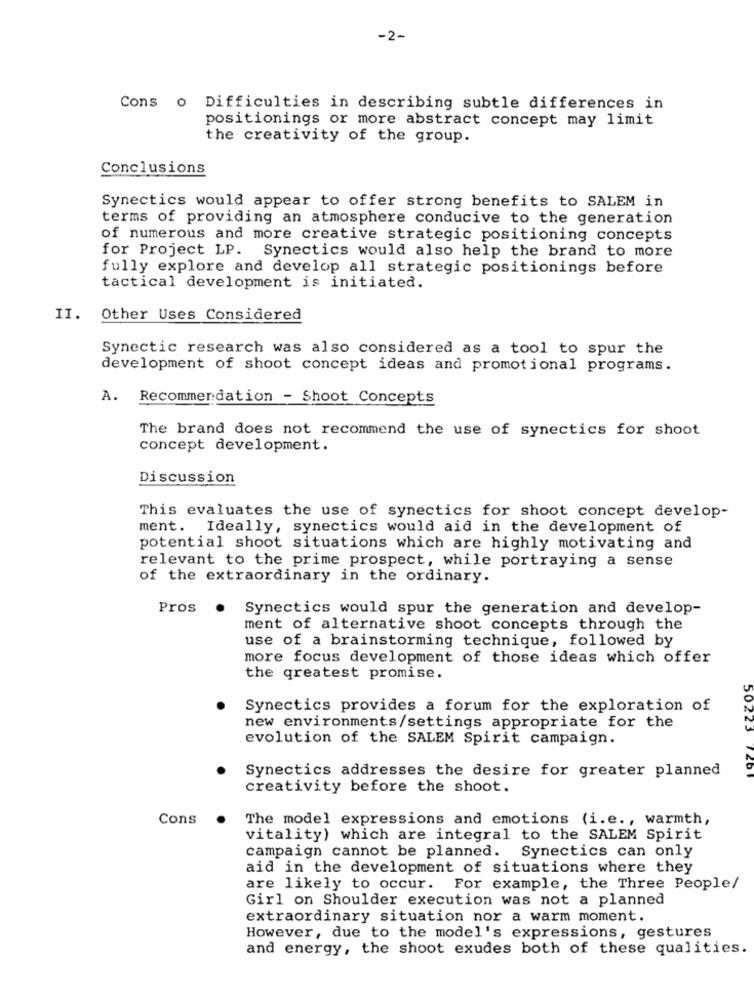
-2-
Cons o Difficulties in describing subtle differences in
positionings or more abstract concept may limit
the creativity of the group.
Conclusions
Synectics would appear to offer strong benefits to SALEM in
terms of providing an atmosphere conducive to the generation
of numerous and more creative strategic positioning concepts
for Project LP. Synectics would also help the brand to more
fully explore and develop all strategic positionings before
tactical development is initiated.
II. Other Uses Considered
Synectic research was also considered as a tool to spur the
development of shoot concept ideas and promotional programs.
A.
Recommendation - Shoot Concepts
The brand does not recommend the use of synectics for shoot
concept development.
Discussion
This evaluates the use of synectics for shoot concept develop-
ment. Ideally, synectics would aid in the development of
potential shoot situations which are highly motivating and
relevant to the prime prospect, while portraying a sense
of the extraordinary in the ordinary.
Pros .
Synectics would spur the generation and develop-
ment of alternative shoot concepts through the
use of a brainstorming technique, followed by
more focus development of those ideas which offer
the greatest promise.
Synectics provides a forum for the exploration of
new environments/settings appropriate for the
50223
evolution of the SALEM Spirit campaign.
Synectics addresses the desire for greater planned
creativity before the shoot.
Cons
The model expressions and emotions (i.e ., warmth,
vitality) which are integral to the SALEM Spirit
campaign cannot be planned. Synectics can only
aid in the development of situations where they
are likely to occur. For example, the Three People/
Girl on Shoulder execution was not a planned
extraordinary situation nor a warm moment.
However, due to the model's expressions, gestures
and energy, the shoot exudes both of these qualities.